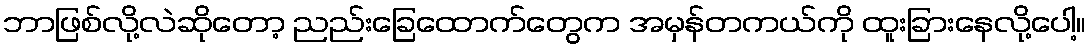
ဘာဖြစ်လို့လဲဆိုတော့ ညည်းခြေထောက်တွေက အမှန်တကယ်ကို ထူးခြားနေလို့ပေါ့။